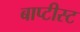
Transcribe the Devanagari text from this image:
बाप्टीस्ट